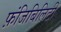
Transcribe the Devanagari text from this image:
फ़ंजिबिलिटी